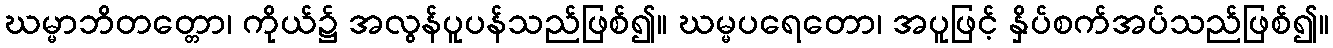
ဃမ္မာဘိတတ္တော၊ ကိုယ်၌ အလွန်ပူပန်သည်ဖြစ်၍။ ဃမ္မပရေတော၊ အပူဖြင့် နှိပ်စက်အပ်သည်ဖြစ်၍။